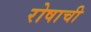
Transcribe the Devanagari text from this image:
रोषाची